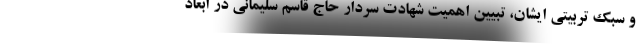
و سبک تربیتی ایشان، تبیین اهمیت شهادت سردار حاج قاسم سلیمانی در ابعاد